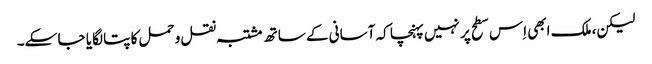
لیکن، ملک ابھی اِس سطح پر نہیں پہنچا کہ آسانی کے ساتھ مشتبہ نقل و حمل کا پتا لگایا جا سکے۔